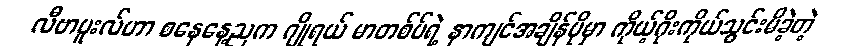
လီဗာပူးလ်ဟာ စနေနေ့ညက ဂျိုရယ် မာတစ်ပ်ရဲ့ နာကျင်အချိန်ပိုမှာ ကိုယ့်ဂိုးကိုယ်သွင်းမိခဲ့တဲ့